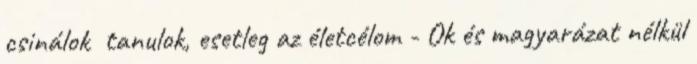
csinálok tanulok, esetleg az életcélom - Ok és magyarázat nélkül